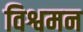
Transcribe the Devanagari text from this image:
विश्वमन